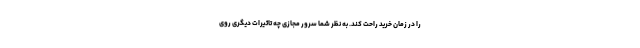
را در زمان خرید راحت کند. به نظر شما سرور مجازی چه تاثیرات دیگری روی